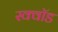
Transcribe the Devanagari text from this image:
स्क्वॉड